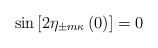
LaTeX: \begin{align*}\sin\left[2\eta_{\pm m\kappa}\left(0\right)\right]=0\end{align*}